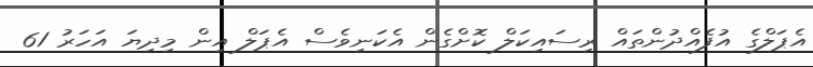
އެޕަލްގެ އުފެއްދުންތައް ރިސައިކަލް ކޮށްގެން އެކަނިވެސް އެޕަލް އިން މިދިޔަ އަހަރު 61